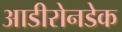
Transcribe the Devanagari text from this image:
आडीरोनडेक